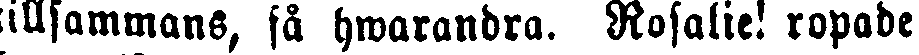
tillsammans, så hwarandra. Rosalie! ropade